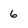
Character: 6